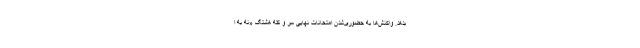
بدهد. واکنش‌ها به حضوری‌شدن امتحانات نهایی سر و کله هشتگ «نه به ا